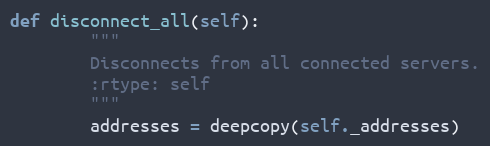
Language: Python
def disconnect_all(self):
        """
        Disconnects from all connected servers.
        :rtype: self
        """
        addresses = deepcopy(self._addresses)